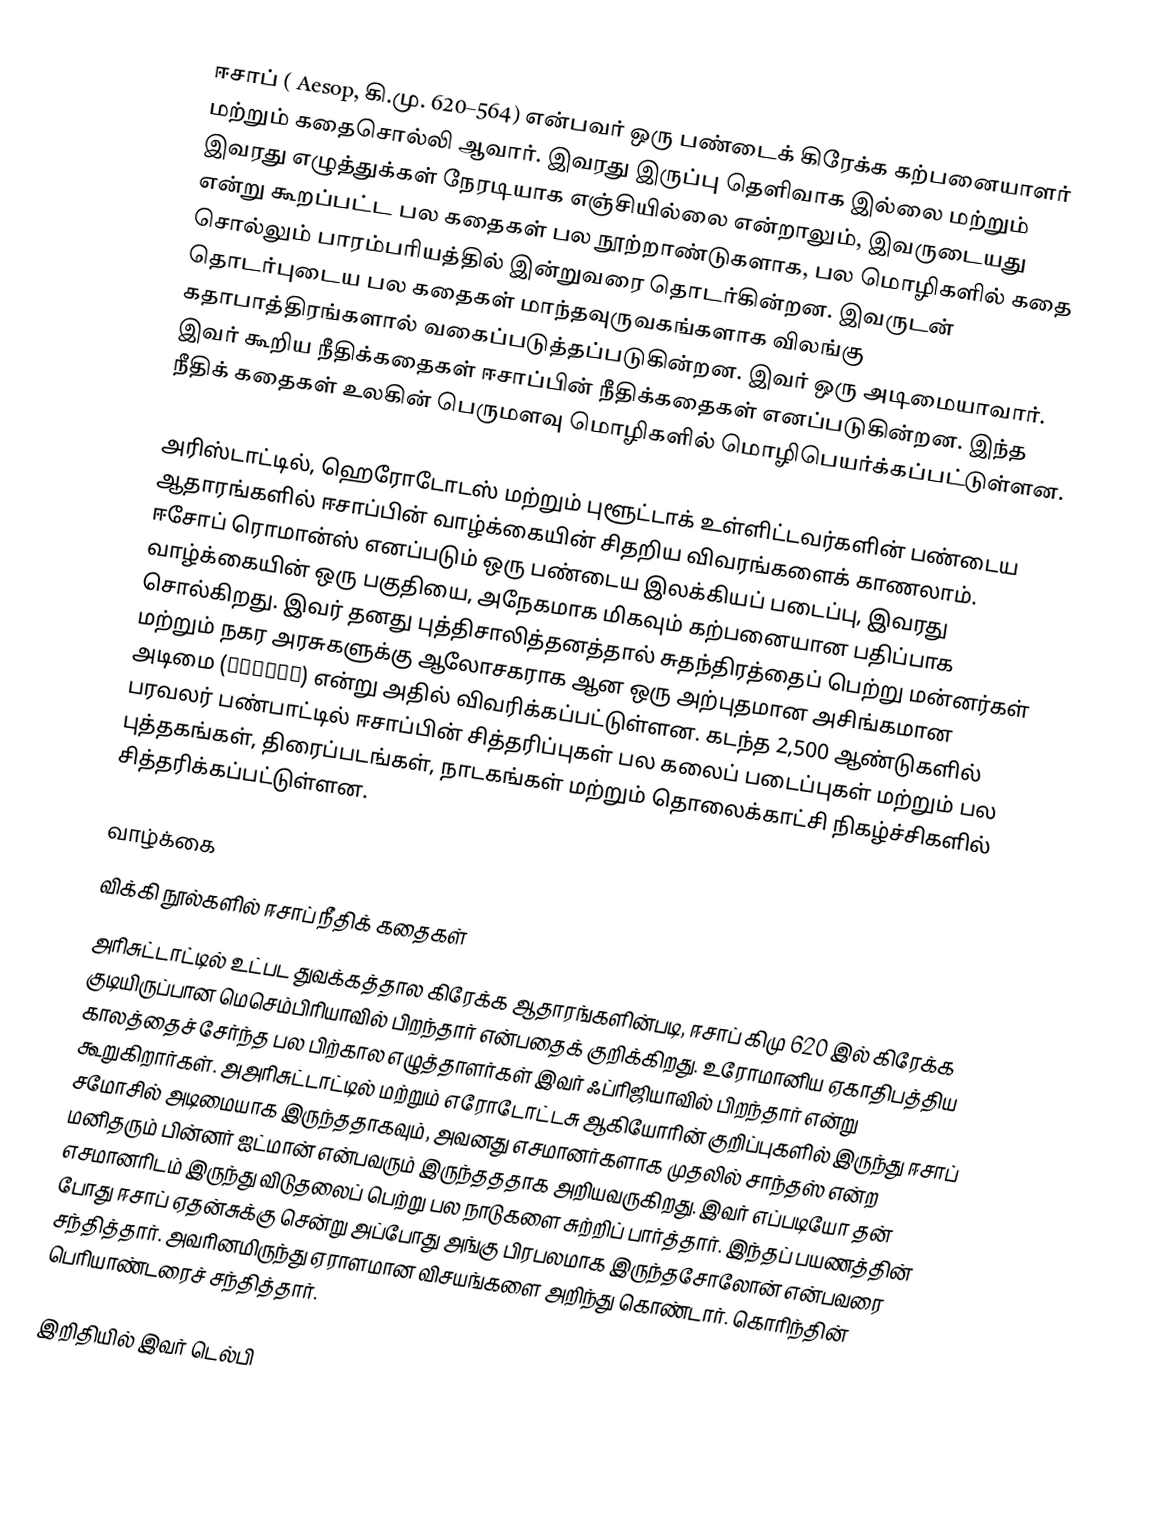
ஈசாப் ( Aesop, கி.மு. 620–564) என்பவர் ஒரு பண்டைக் கிரேக்க கற்பனையாளர் மற்றும் கதைசொல்லி ஆவார். இவரது இருப்பு தெளிவாக இல்லை மற்றும் இவரது எழுத்துக்கள் நேரடியாக எஞ்சியில்லை என்றாலும், இவருடையது என்று கூறப்பட்ட பல கதைகள் பல நூற்றாண்டுகளாக,  பல மொழிகளில் கதை சொல்லும் பாரம்பரியத்தில் இன்றுவரை தொடர்கின்றன. இவருடன் தொடர்புடைய பல கதைகள் மாந்தவுருவகங்களாக விலங்கு கதாபாத்திரங்களால் வகைப்படுத்தப்படுகின்றன.  இவர் ஒரு அடிமையாவார். இவர் கூறிய நீதிக்கதைகள் ஈசாப்பின் நீதிக்கதைகள் எனப்படுகின்றன. இந்த நீதிக் கதைகள் உலகின் பெருமளவு மொழிகளில் மொழிபெயர்க்கப்பட்டுள்ளன.

அரிஸ்டாட்டில், ஹெரோடோடஸ் மற்றும் புளூட்டாக் உள்ளிட்டவர்களின் பண்டைய ஆதாரங்களில் ஈசாப்பின் வாழ்க்கையின் சிதறிய விவரங்களைக் காணலாம். ஈசோப் ரொமான்ஸ் எனப்படும் ஒரு பண்டைய இலக்கியப் படைப்பு, இவரது வாழ்க்கையின் ஒரு பகுதியை, அநேகமாக மிகவும் கற்பனையான பதிப்பாக சொல்கிறது. இவர் தனது புத்திசாலித்தனத்தால் சுதந்திரத்தைப் பெற்று மன்னர்கள் மற்றும் நகர அரசுகளுக்கு ஆலோசகராக ஆன ஒரு அற்புதமான அசிங்கமான அடிமை (δοῦλος) என்று அதில் விவரிக்கப்பட்டுள்ளன. கடந்த 2,500 ஆண்டுகளில் பரவலர் பண்பாட்டில் ஈசாப்பின் சித்தரிப்புகள் பல கலைப் படைப்புகள் மற்றும் பல புத்தகங்கள், திரைப்படங்கள், நாடகங்கள் மற்றும் தொலைக்காட்சி நிகழ்ச்சிகளில் சித்தரிக்கப்பட்டுள்ளன.

வாழ்க்கை
விக்கி நூல்களில் ஈசாப் நீதிக் கதைகள்
அரிசுட்டாட்டில் உட்பட துவக்கத்தால கிரேக்க ஆதாரங்களின்படி, ஈசாப் கிமு 620 இல் கிரேக்க குடியிருப்பான மெசெம்பிரியாவில் பிறந்தார் என்பதைக் குறிக்கிறது. உரோமானிய ஏகாதிபத்திய காலத்தைச் சேர்ந்த பல பிற்கால எழுத்தாளர்கள் இவர் ஃப்ரிஜியாவில் பிறந்தார் என்று கூறுகிறார்கள். அஅரிசுட்டாட்டில் மற்றும் எரோடோட்டசு ஆகியோரின் குறிப்புகளில் இருந்து ஈசாப் சமோசில் அடிமையாக இருந்ததாகவும், அவனது எசமானர்களாக முதலில் சாந்தஸ் என்ற மனிதரும் பின்னர் ஐட்மான் என்பவரும் இருந்தததாக அறியவருகிறது. இவர் எப்படியோ தன் எசமானரிடம் இருந்து விடுதலைப் பெற்று பல நாடுகளை சுற்றிப் பார்த்தார். இந்தப் பயணத்தின் போது ஈசாப் ஏதன்சுக்கு சென்று அப்போது அங்கு பிரபலமாக இருந்தசோலோன் என்பவரை சந்தித்தார். அவரினமிருந்து ஏராளமான விசயங்களை அறிந்து கொண்டார். கொரிந்தின் பெரியாண்டரைச் சந்தித்தார்.

இறிதியில் இவர் டெல்பி